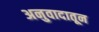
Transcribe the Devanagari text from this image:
अनुवादातून